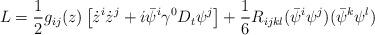
LaTeX: \begin{align*}L = {1\over 2} g_{ij}(z) \left[\dot z^i \dot z^j +i \bar \psi^i \gamma^0 D_t \psi^j \right] + {1 \over 6} R_{ijkl} (\bar \psi^i \psi^j)(\bar \psi^k \psi^l)\end{align*}